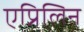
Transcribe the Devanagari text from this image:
एप्रिलिन